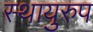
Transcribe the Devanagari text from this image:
स्थायुरुप